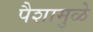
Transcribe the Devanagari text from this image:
पैशामुळे